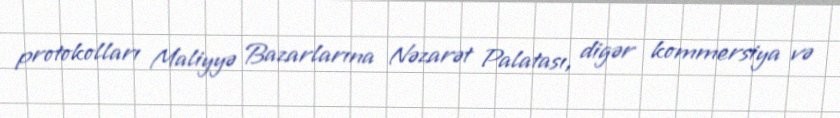
protokolları Maliyyə Bazarlarına Nəzarət Palatası, digər kommersiya və